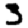
Digit: 3